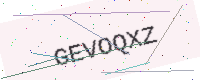
Text: GEVOQXZ